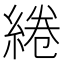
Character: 綣